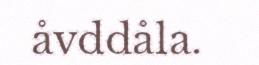
åvddåla.